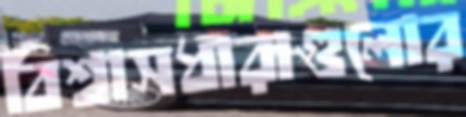
বিশ্বাসধারাগুলোর